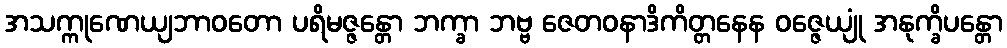
အသက္ကုဏေယျဘာဝတော ပရိမဇ္ဇန္တော ဘက္ခာ ဘဗ္ဗ ဇေတဝနာဒိကိတ္တနေန ဝဇ္ဇေယျုံ အနုက္ခိပန္တော